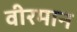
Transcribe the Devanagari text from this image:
वीरमान